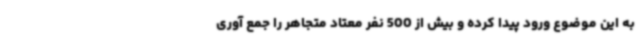
به این موضوع ورود پیدا کرده و بیش از 500 نفر معتاد متجاهر را جمع آوری